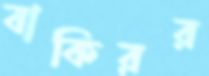
বাকিরর